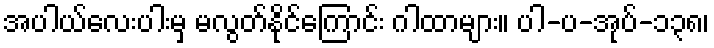
အပါယ်လေးပါးမှ မလွတ်နိုင်ကြောင်း ဂါထာများ။ ပါ-ပ-အုပ်-၁၃၈၊